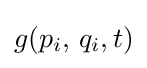
g(p_{i},\,q_{i},t)